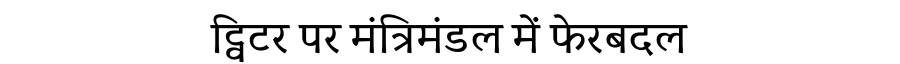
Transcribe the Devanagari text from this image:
ट्विटर पर मंत्रिमंडल में फेरबदल